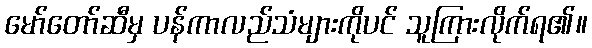
မော်တော်ဆီမှ ပန်ကာလည်သံများကိုပင် သူကြားလိုက်ရ၏။